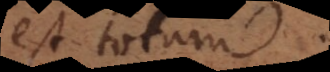
est totum.